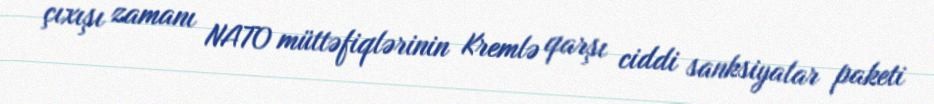
çıxışı zamanı NATO müttəfiqlərinin Kremlə qarşı ciddi sanksiyalar paketi